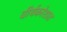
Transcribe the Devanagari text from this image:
वीर्यकोशात